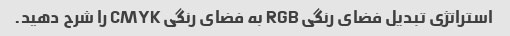
استراتژی تبدیل فضای رنگی RGB به فضای رنگی CMYK را شرح دهید.